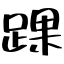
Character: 踝